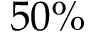
5 0 \%